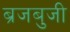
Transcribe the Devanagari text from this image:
ब्रजबुजी